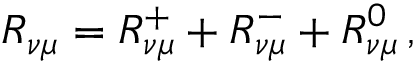
R _ { \nu \mu } = R _ { \nu \mu } ^ { + } + R _ { \nu \mu } ^ { - } + R _ { \nu \mu } ^ { 0 } \, ,